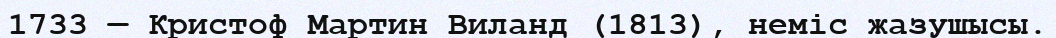
1733 — Кристоф Мартин Виланд (1813), неміс жазушысы.